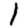
Digit: 1